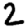
Digit: 2